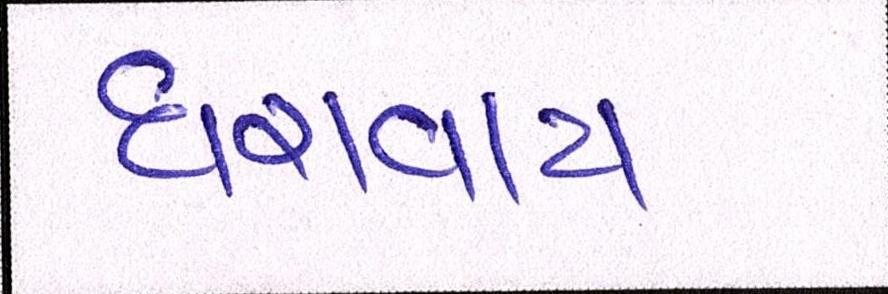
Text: ધરાવાય